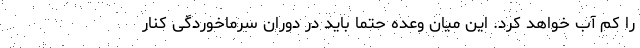
را کم آب خواهد کرد. این میان وعده حتماً باید در دوران سرماخوردگی کنار